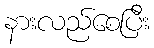
နားလည်စေပြီး